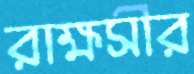
রাক্ষসীর